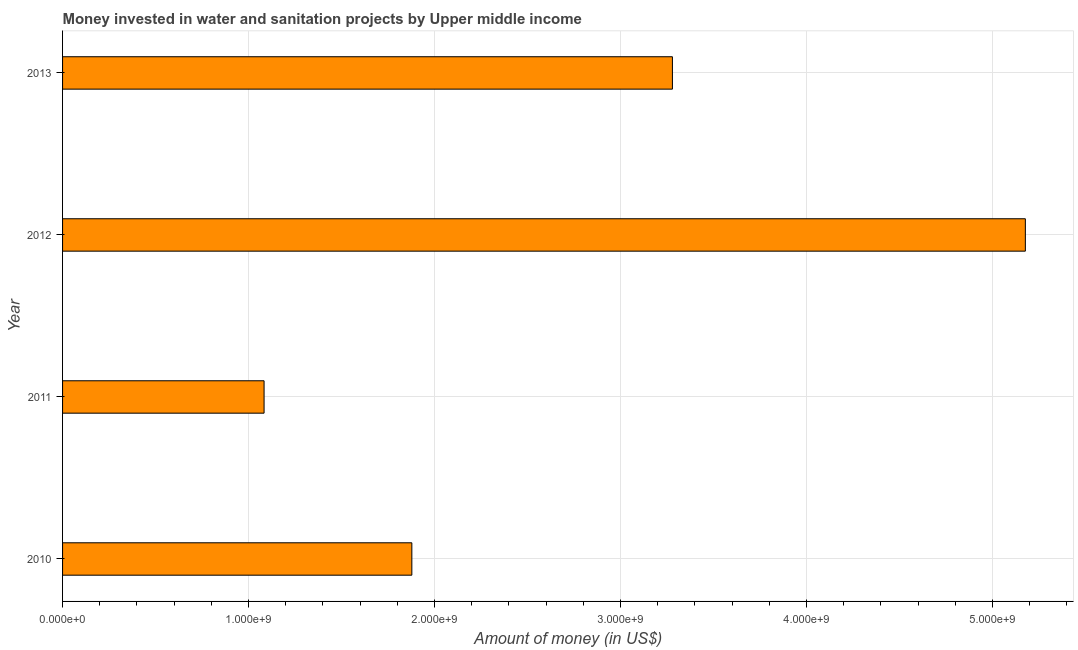
| Year | Investment |
 | --- | --- |
 | 2010 | 1.88e+09 |
 | 2011 | 1.08e+09 |
 | 2012 | 5.18e+09 |
 | 2013 | 3.28e+09 |